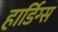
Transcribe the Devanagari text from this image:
हार्डिग्स